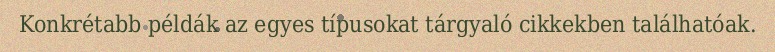
Konkrétabb példák az egyes típusokat tárgyaló cikkekben találhatóak.